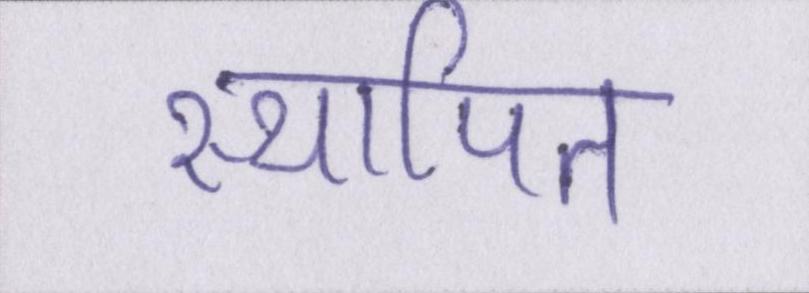
स्थापित